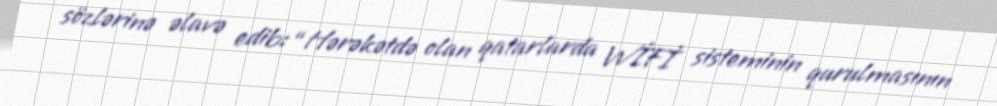
sözlərinə əlavə edib: “Hərəkətdə olan qatarlarda WİFİ sisteminin qurulmasının